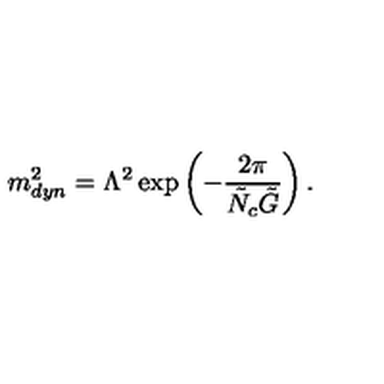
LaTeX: m _ { d y n } ^ { 2 } = \Lambda ^ { 2 } \exp \left( - \frac { 2 \pi } { \tilde { N } _ { c } \tilde { G } } \right) .